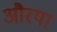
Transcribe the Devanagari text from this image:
औरया